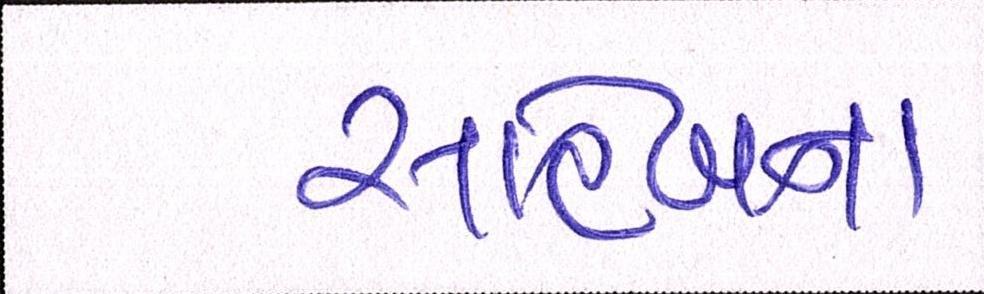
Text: સાહેબના